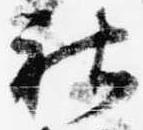
社